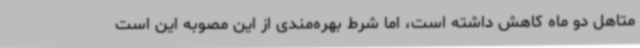
متاهل دو ماه کاهش داشته است، اما شرط بهره‌مندی از این مصوبه این است